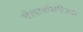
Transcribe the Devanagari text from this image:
भैरवार्चापारिजात